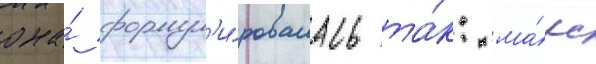
она́ формул'и́ровалась та́к: ма́рс